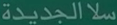
سلة-الجديدة